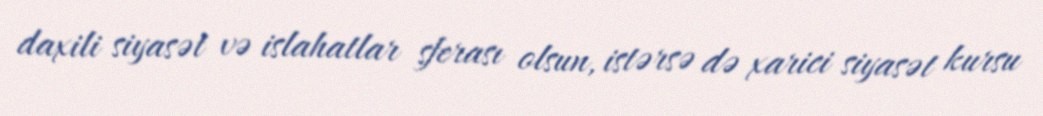
daxili siyasət və islahatlar sferası olsun, istərsə də xarici siyasət kursu